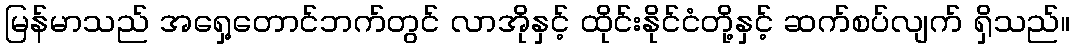
မြန်မာသည် အရှေ့တောင်ဘက်တွင် လာအိုနှင့် ထိုင်းနိုင်ငံတို့နှင့် ဆက်စပ်လျက် ရှိသည်။